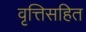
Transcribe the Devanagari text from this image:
वृत्तिसहित